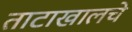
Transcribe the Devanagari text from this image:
ताटाखालचे